Lunatic asylums Central Provinces reports 1895-1909 - 1895-1909
Year: 1895
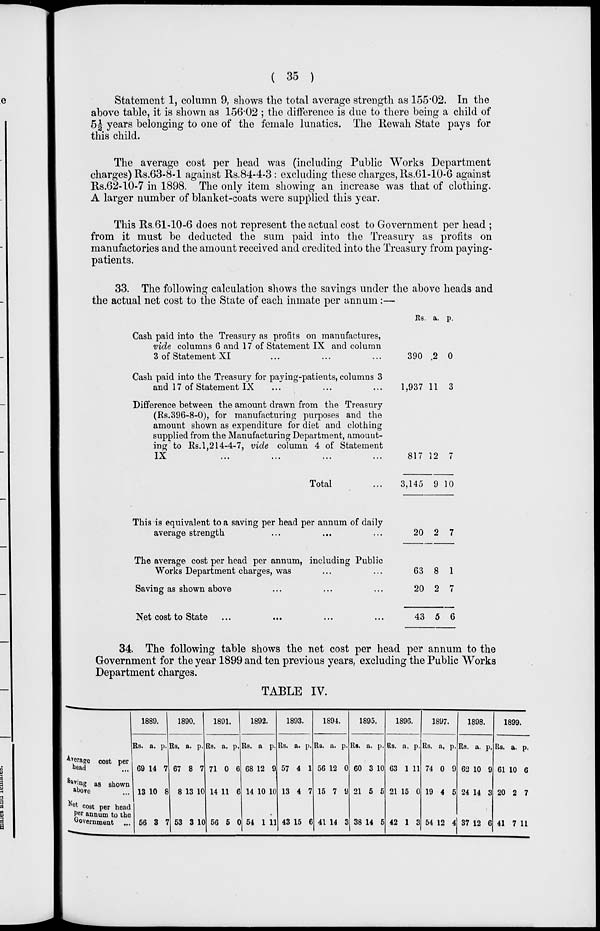
( 35 )
Statement 1, column 9, shows the total average strength as 155.02. In the
above table, it is shown as 156.02 ; the difference is due to there being a child of
5½ years belonging to one of the female lunatics. The Rewah State pays for
this child.
The average cost per head was (including Public Works Department
charges) Rs.63-8-1 against Rs.84-4-3: excluding these charges, Rs.61-10-6 against
Rs.62-10-7 in 1898. The only item showing an increase was that of clothing.
A larger number of blanket-coats were supplied this year.
This Rs.61-10-6 does not represent the actual cost to Government per head ;
from it must be deducted the sum paid into the Treasury as profits on
manufactories and the amount received and credited into the Treasury from paying-
patients.
33. The following calculation shows the savings under the above heads and
the actual net cost to the State of each inmate per annum :—
Cash paid into the Treasury as profits on manufactures,
vide columns 6 and 17 of Statement IX and column
3 of Statement XI ... ... ...
Cash paid into the Treasury for paying-patients, columns 3
and 17 of Statement IX ... ... ...
Difference between the amount drawn from the Treasury
(Rs.396-8-0), for manufacturing purposes and the
amount shown as expenditure for diet and clothing
supplied from the Manufacturing Department, amount-
ing to Rs. 1,214-4-7, vide column 4 of Statement
IX ... ... ... ...
Total ...
This is equivalent to a saving per head per annum of daily
average strength ... ... ...
The average cost per head per annum, including Public
Works Department charges, was ... ...
Saving as shown above ... ... ...
Net cost to State ... ... ... ...
Rs.
390
1,937
817
3,145
20
63
20
43
a.
2
11
12
9
2
8
2
5
p.
0
3
7
10
7
1
7
6
34. The following table shows the net cost per head per annum to the
Government for the year 1899 and ten previous years, excluding the Public Works
Department charges.
TABLE IV.
Average cost per
head ...
Saving as shown
above ...
Net cost per head
per annum to the
Government ...
1889.
Rs.
69
13
56
a.
14
10
3
p.
7
8
7
1890.
Rs.
67
8
53
a.
8
13
3
p.
7
10
10
1891.
Rs.
71
14
56
a.
0
11
5
p.
6
6
0
1892.
Rs.
68
14
54
a
12
10
1
p.
9
10
11
1893.
Rs.
57
13
43
a.
4
4
15
p.
1
7
6
1894.
Rs.
56
15
41
a.
12
7
14
p.
0
9
3
1895.
Rs.
60
21
38
a.
3
5
14
p.
10
5
5
1896.
Rs.
63
21
42
a.
1
15
1
p.
11
0
3
1897.
Rs.
74
19
54
a.
0
4
12
p.
9
5
4
1898.
Rs.
62
24
37
a.
10
14
12
p.
9
3
6
1899.
Rs.
61
20
41
a.
10
2
7
p.
6
7
11